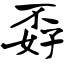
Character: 孬